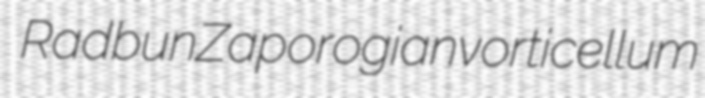
Radbun Zaporogian vorticellum